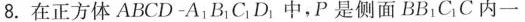
8.在正方体ABCD-A_{1}B_{1}C_{1}D_{1}中，P是侧面BB_{1}C_{1}C内一